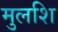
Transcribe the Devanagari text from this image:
मुलशि